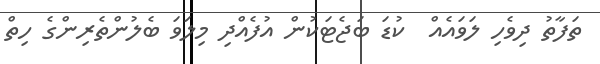
ތަފާތު ދިވެހި ލަވައެއް  ކުޑަ ބަޖެޓަކުން އުފެއްދި މިލަވަ ބެލުންތެރިންގެ ހިތް